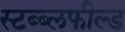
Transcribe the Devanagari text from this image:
स्टब्ब्लफील्ड